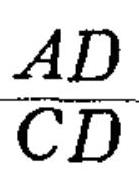
\(\frac{AD}{CD}\)